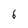
Character: 6